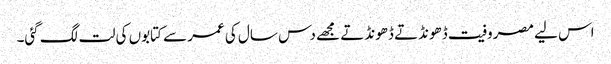
اس لیے مصروفیت ڈھونڈتے ڈھونڈتے مجھے دس سال کی عمر سے کتابوں کی لت لگ گئی۔